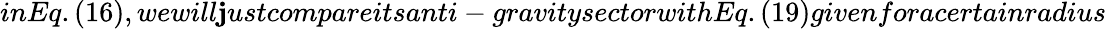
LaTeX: inEq.(16),wewill\mathbf{j}ustcompareitsanti-gravitysectorwithEq.(19)givenforacertainradius